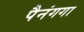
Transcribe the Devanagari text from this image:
पैनंगगा